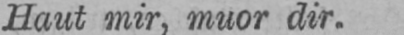
Haut mir, muor dir.